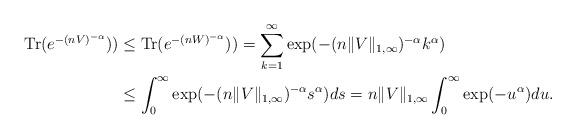
LaTeX: \begin{align*}{\rm Tr}(e^{-(nV)^{-\alpha}}))&\leq {\rm Tr}(e^{-(nW)^{-\alpha}}))=\sum_{k=1}^{\infty}\exp(-(n\|V\|_{1,\infty})^{-\alpha}k^{\alpha})\\&\leq\int_0^{\infty}\exp(-(n\|V\|_{1,\infty})^{-\alpha}s^{\alpha})ds=n\|V\|_{1,\infty}\int_0^{\infty}\exp(-u^{\alpha})du.\end{align*}